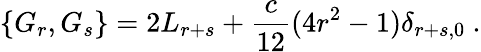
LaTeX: \{ G_{r},G_{s}\} =2L_{r+s}+\frac{c}{12}(4r^{2}-1)\delta_{r+s,0}\ .